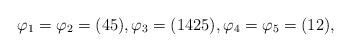
LaTeX: \begin{align*}\varphi_1=\varphi_2=(45),\varphi_3=(1425),\varphi_4=\varphi_5=(12),\end{align*}